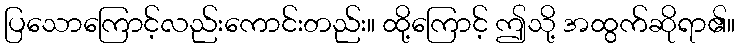
ပြသောကြောင့်လည်းကောင်းတည်း။ ထို့ကြောင့် ဤသို့ အထွက်ဆိုရာ၏။